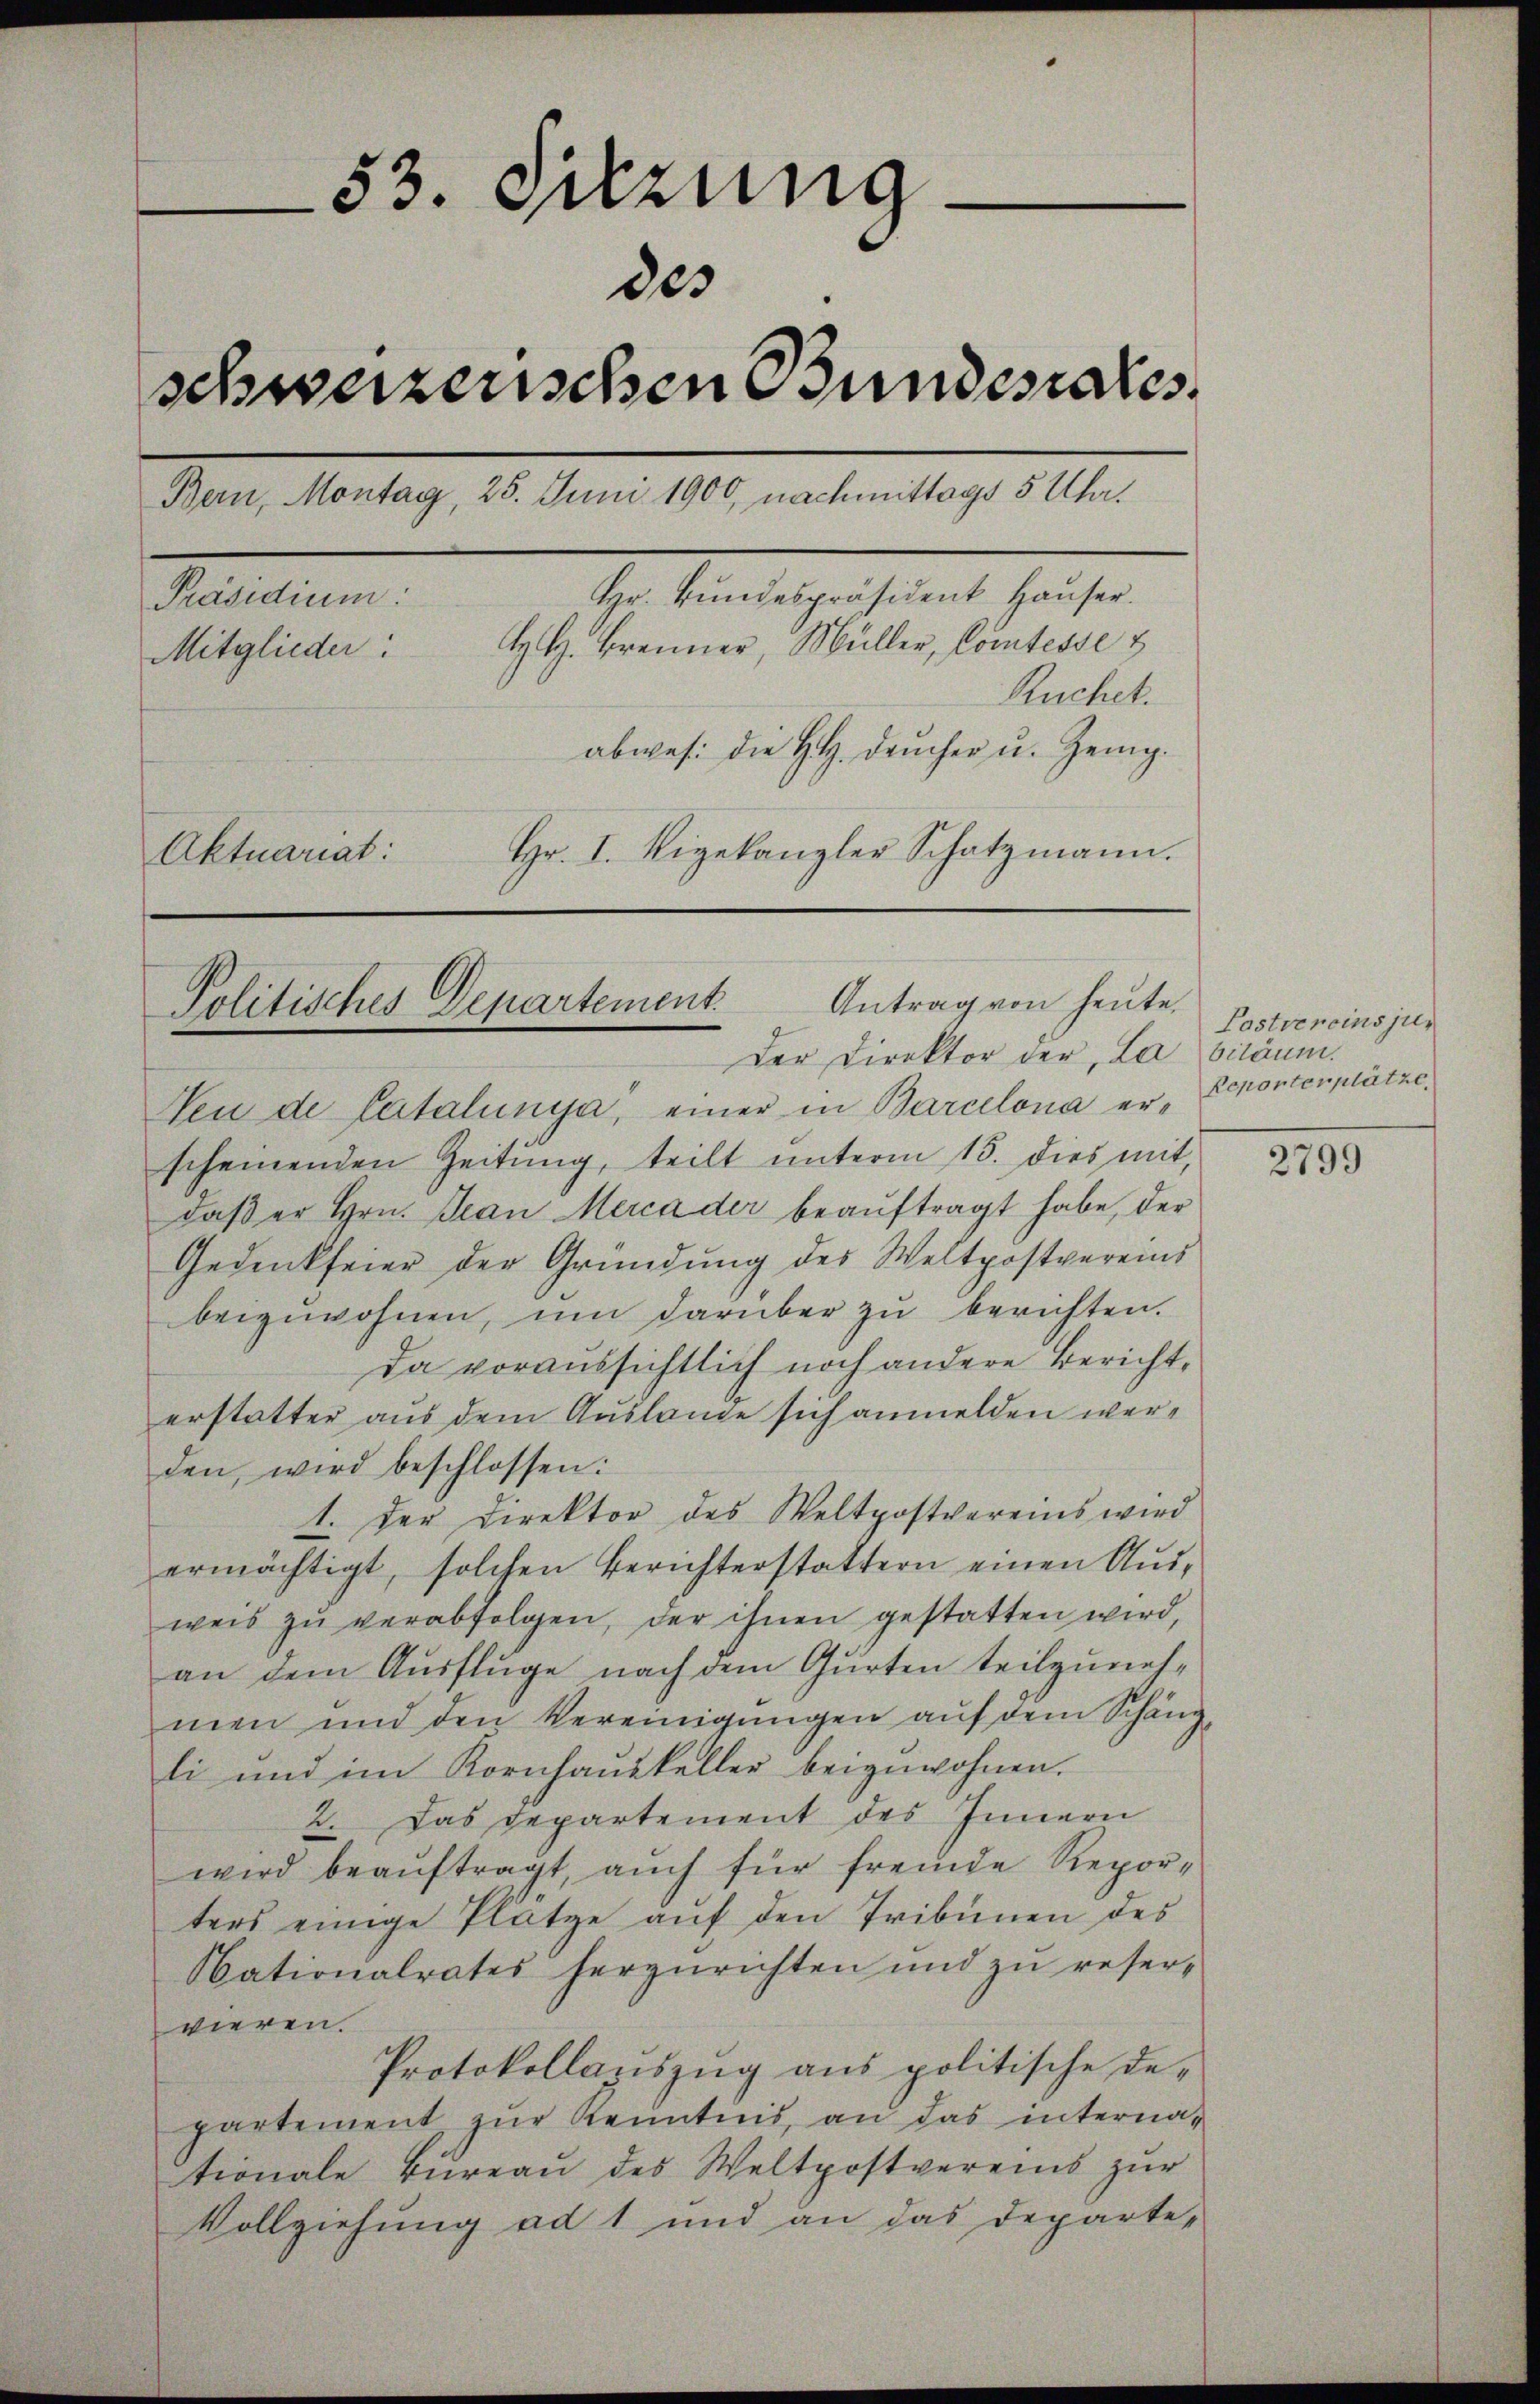
53. Irrung
des
schweizerischen Gundesrates.
Bern, Montag, 25. Juni 1900, nachmittags 5 Uhr.
Hr. Bundespräsident Hauser.
Präsidium:
H. H. Brenner, Müller, Comtesse &
Mitglieder:
Ruchet.
abwes: die H. Deucher u. Zeig.
Hr. I. Vigekanzler Schatzmann.
Aktuariat:

Antrag von heute.
Politisches Departement.
der Direktor der, La biläum.

Neu de Catalunya, einer in Barcelona erscheinenden Zeitung, teilt ŭnterm 15. dies mit,
daβ er hrn. Jean Merca der beaŭftragt habe, der
Gedenkfeier der Gründung des Weltpostvereins
beizuwohnen, um darüber zu berichten.
da voraussichtlich noch andere Berichterstatter aus dem Auslange sich anmelden werden, wird beschlossen:
1. Der Direktor des Weltpostvereins wird
ermächtigt, solchen Berichterstattern einen Ausweis zŭ verabfolgen, der ihnen gestatten wird,
an dem Ausflüge nach dem Gurten teilzuneh-
men und den Vereinigungen auf dem Schäng
li und im Kornhauskeller beizuwohnen.
2. Das Departement des Innern
wird beaŭftragt, auch für fremde Repor-
ters einige Plätze auf den Tribünen des
Nationalrates herzurichten und zu reservieren.
Protokollaziszug aus politische Departement zur Kenntnis, an das internationale Büreaŭ des Weltpostvereins zur
Vollziehung ad 1 und an das Departe¬

Postvereins jur
Reporterplätze.

2799